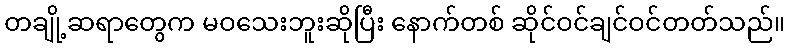
တချို့ဆရာတွေက မဝသေးဘူးဆိုပြီး နောက်တစ် ဆိုင်ဝင်ချင်ဝင်တတ်သည်။